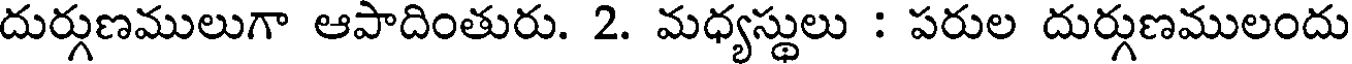
దుర్గుణములుగా ఆపాదింతురు. 2. మధ్యస్థులు : పరుల దుర్గుణములందు